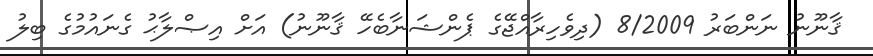
ޤާނޫނު ނަންބަރު 8/2009 (ދިވެހިރާއްޖޭގެ ޕެންޝަނާބެހޭ ޤާނޫނު) އަށް އިޞްލާޙު ގެނައުމުގެ ބިލު